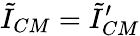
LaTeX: \tilde{I}_{CM}=\tilde{I}_{CM}^{\prime}